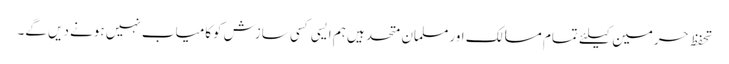
تحفظ حرمین کیلئے تمام مسالک اورمسلمان متحد ہیں ہم ایسی کسی سازش کوکامیاب نہیں ہونے دیں گے۔